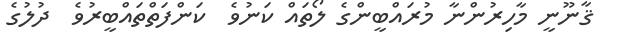
ޤާނޫނީ މާހިރުންނާ މުރައްބީންގެ ލޯތައް ކަނުވެ  ކަންފަތްތައްބީރުވެ  ދުލުގެ